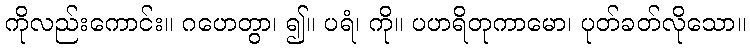
ကိုလည်းကောင်း။ ဂဟေတွာ၊ ၍။ ပရံ၊ ကို။ ပဟရိတုကာမော၊ ပုတ်ခတ်လိုသော။